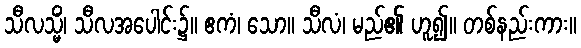
သီလသ္မိံ၊ သီလအပေါင်း၌။ ဧကံ၊ သော။ သီလံ၊ မည်၏ ဟူ၍။ တစ်နည်းကား။